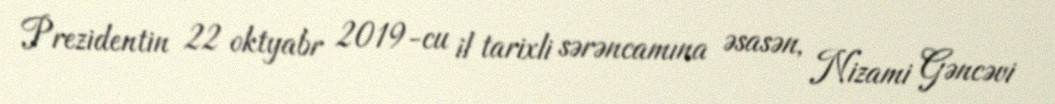
Prezidentin 22 oktyabr 2019-cu il tarixli sərəncamına əsasən, Nizami Gəncəvi